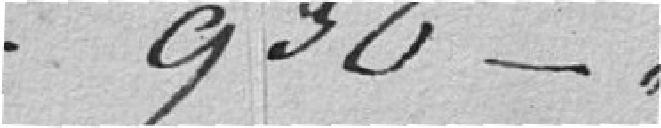
930